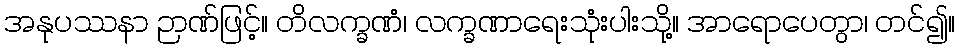
အနုပဿနာ ဉာဏ်ဖြင့်။ တိလက္ခဏံ၊ လက္ခဏာရေးသုံးပါးသို့။ အာရောပေတွာ၊ တင်၍။